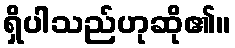
ရှိပါသည်ဟုဆို၏။